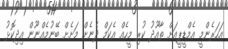
އަހަރެންމީ އެމްޑީޕީއަށް ތާއޫދު ކުރި މީހެއް އެކަމް ދެނެށް މަށެށް ބޭނުމެއްނޫން އިދިކޮޅު